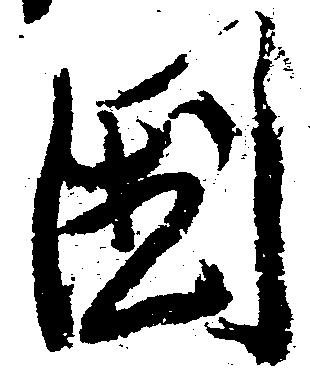
国